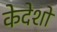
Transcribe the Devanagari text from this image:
केदेशों